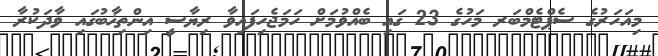
މިއަހަރުގެ ސެޕްޓެމްބަރ މަހުގެ 23 ގައި ބެއްވުމަށް ހަމަޖެހިފައިވާ ރިޔާސީ އިންތިޚާބުގައި ވާދަކުރާ